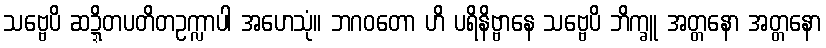
သဗ္ဗေပိ ဆဍ္ဍိတပတိတဥက္လာပါ အဟေသုံ။ ဘဂဝတော ဟိ ပရိနိဗ္ဗာနေ သဗ္ဗေပိ ဘိက္ခူ အတ္တနော အတ္တနော